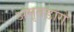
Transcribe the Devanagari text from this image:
अमृतडांगे